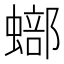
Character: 𧐾